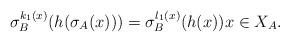
LaTeX: \begin{align*}\sigma_B^{k_1(x)} (h(\sigma_A(x))) = \sigma_B^{l_1(x)}(h(x))x \in X_A. \end{align*}